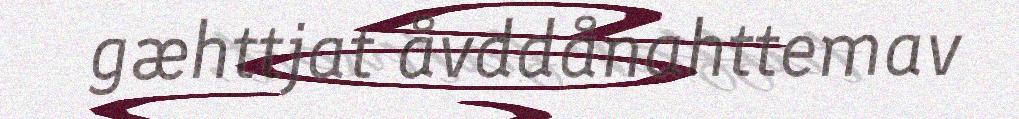
gæhttjat åvddånahttemav